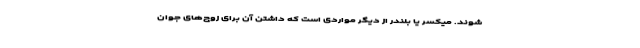
شوند. میکسر یا بلندر از دیگر مواردی است که داشتن آن برای زوج‌های جوان